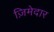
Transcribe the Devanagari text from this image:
ज़िमेदार